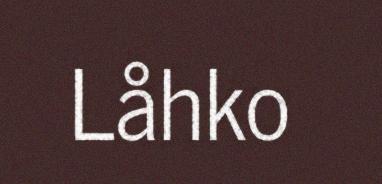
Låhko